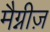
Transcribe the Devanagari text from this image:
मैग्नीज़